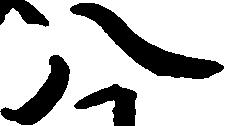
八